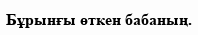
Бұрынғы өткен бабаның.